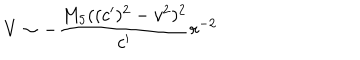
V \sim - \frac { M _ { 5 } ( ( c ^ { \prime } ) ^ { 2 } - v ^ { 2 } ) ^ { 2 } } { c ^ { \prime } } r ^ { - 2 }